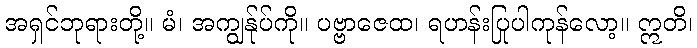
အရှင်ဘုရားတို့။ မံ၊ အကျွန်ုပ်ကို။ ပဗ္ဗာဇေထ၊ ရဟန်းပြုပါကုန်လော့။ ဣတိ၊